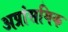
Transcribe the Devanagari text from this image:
अप्रांसगिक